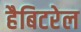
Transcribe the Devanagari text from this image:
हैबिटरेल